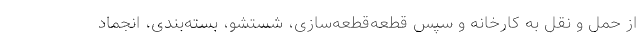
از حمل و نقل به کارخانه و سپس قطعه‌قطعه‌سازی، شستشو، بسته‌بندی، انجماد